Elephants and their diseases
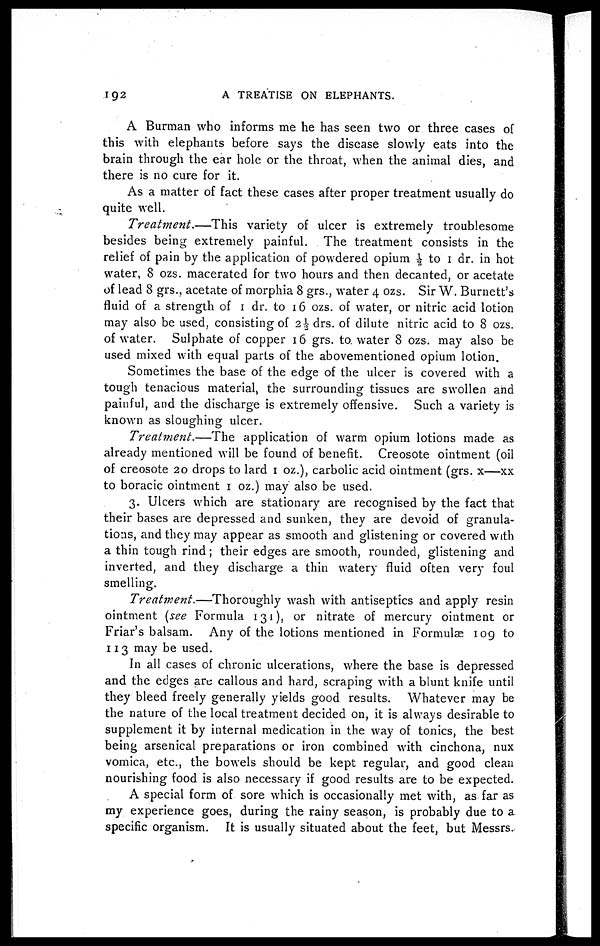
192
A TREATISE ON ELEPHANTS.
A Burman who informs me he has seen two or three cases of
this with elephants before says the disease slowly eats into the
brain through the ear hole or the throat, when the animal dies, and
there is no cure for it.
As a matter of fact these cases after proper treatment usually do
quite well.
Treatment.—This
variety of ulcer is extremely troublesome
besides being extremely painful. The treatment consists in the
relief of pain by the application of powdered opium ½ to 1 dr. in hot
water, 8 ozs. macerated for two hours and then decanted, or acetate
of lead 8 grs., acetate of morphia 8 grs., water 4 ozs. Sir W. Burnett's
fluid of a strength of 1 dr. to 16 ozs. of water, or nitric acid lotion
may also be used, consisting of 2½ drs. of dilute nitric acid to 8 ozs.
of water. Sulphate of copper 16 grs. to. water 8 ozs. may also be
used mixed with equal parts of the abovementioned opium lotion.
Sometimes the base of the edge of the ulcer is covered with a
tough tenacious material, the surrounding tissues are swollen and
painful, and the discharge is extremely offensive. Such a variety is
known as sloughing ulcer.
Treatment.—The
application of warm opium lotions made as
already mentioned will be found of benefit. Creosote ointment (oil
of creosote 20 drops to lard 1 oz.), carbolic acid ointment (grs. x—xx
to boracic ointment 1 oz.) may also be used.
3. Ulcers which are stationary are recognised by the fact that
their bases are depressed and sunken, they are devoid of granula-
tions, and they may appear as smooth and glistening or covered with
a thin tough rind ; their edges are smooth, rounded, glistening and
inverted, and they discharge a thin watery fluid often very foul
smelling.
Treatment.—Thoroughly
wash with antiseptics and apply resin
ointment (see Formula 131), or nitrate of mercury ointment or
Friar's balsam. Any of the lotions mentioned in Formulae 109 to
113 may be used.
In all cases of chronic ulcerations, where the base is depressed
and the edges are callous and hard, scraping with a blunt knife until
they bleed freely generally yields good results. Whatever may be
the nature of the local treatment decided on, it is always desirable to
supplement it by internal medication in the way of tonics, the best
being arsenical preparations or iron combined with cinchona, nux
vomica, etc., the bowels should be kept regular, and good clean
nourishing food is also necessary if good results are to be expected.
A special form of sore which is occasionally met with, as far as
my experience goes, during the rainy season, is probably due to a
specific organism. It is usually situated about the feet, but Messrs.